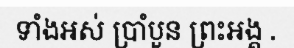
ទាំងអស់ ប្រាំបួន ព្រះអង្គ .